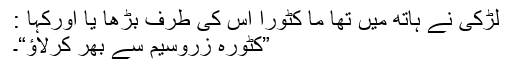
لڑکی نے ہاتھ میں تھا ما کٹورا اس کی طرف بڑھا یا اورکہا :
”کٹورہ زروسیم سے بھر کرلاﺅ“۔